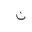
Letter: _non